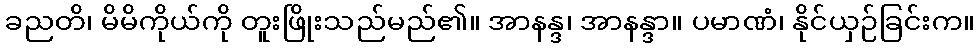
ခညတိ၊ မိမိကိုယ်ကို တူးဖြိုးသည်မည်၏။ အာနန္ဒ၊ အာနန္ဒာ။ ပမာဏံ၊ နိုင်ယှဉ်ခြင်းက။